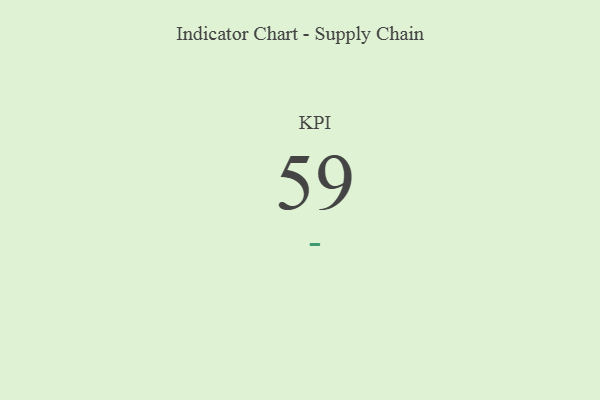
{"axis": {"x": "KPI", "y": "Value"}, "legend": [""], "data": [{"x": "KPI", "y": 59, "type": ""}]}